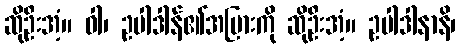
ဆိုဦးအံ့။ ဝါ၊ ဥပါဒါန်၏အပြားကို ဆိုဦးအံ့။ ဥပါဒါနာနိ၊